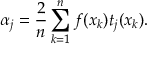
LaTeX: \alpha _ { j } = \frac { 2 } { n } \sum _ { k = 1 } ^ { n } f ( x _ { k } ) t _ { j } ( x _ { k } ) .